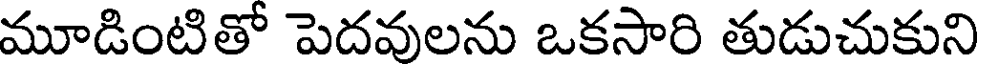
మూడింటితో పెదవులను ఒకసారి తుడుచుకుని